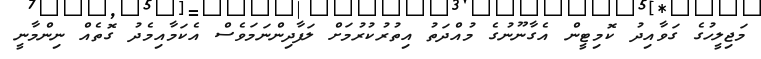
މަޖިލީހުގެ ގަވާއިދު ކޮމިޓީން އެގާނޫނުގެ މުއްދަތު އިތުރުކުރުމަށް ލަފާދިންނަމަވެސް އެކަމާއިމެދު ގޮތެއް ނިންމާނީ